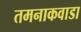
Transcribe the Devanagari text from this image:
तमनाकवाडा